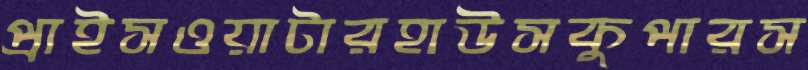
প্রাইসওয়াটারহাউসকুপারস